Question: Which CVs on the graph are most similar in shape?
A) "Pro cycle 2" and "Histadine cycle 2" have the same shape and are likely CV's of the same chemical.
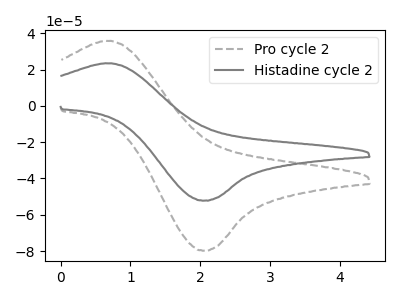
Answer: <think>The gray dashed curve "Pro cycle 2" has an anodic peak at (0.75V, 35.75uA) and a cathodic peak at (2.05V, -79.75uA). The gray curve "Histadine cycle 2" has an anodic peak at (0.75V, 23.40uA) and a cathodic peak at (2.05V, -52.20uA).
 All the peaks in "Pro cycle 2" have a peak in "Histadine cycle 2" at the same potential. Every peak in "Pro cycle 2" is higher than every peak in "Histadine cycle 2".</think>
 <answer>A) "Pro cycle 2" and "Histadine cycle 2" have the same shape and are likely CV's of the same chemical.</answer>
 <eval>A</eval>